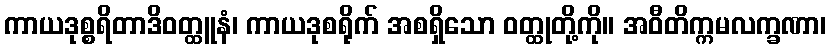
ကာယဒုစ္စရိတာဒိဝတ္ထူနံ၊ ကာယဒုစရိုက် အစရှိသော ဝတ္ထုတို့ကို။ အဝီတိက္ကမလက္ခဏာ၊